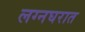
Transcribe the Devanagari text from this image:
लग्नघरात